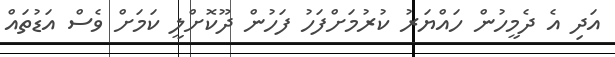
އަދި އެ ދެމީހުން ހައްޔަރު ކުރުމަށްފަހު ފަހުން ދޫކޮށްލީ ކަމަށް ވެސް އަޑުތައް